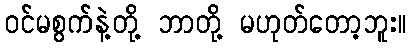
ဝင်မစွက်နဲ့တို့ ဘာတို့ မဟုတ်တော့ဘူး။